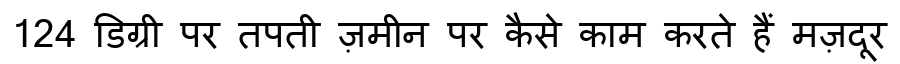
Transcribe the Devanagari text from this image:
124 डिग्री पर तपती ज़मीन पर कैसे काम करते हैं मज़दूर